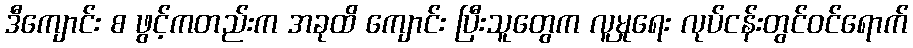
ဒီကျောင်း စ ဖွင့်ကတည်းက အခုထိ ကျောင်း ပြီးသူတွေက လူမှုရေး လုပ်ငန်းတွင်ဝင်ရောက်